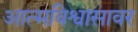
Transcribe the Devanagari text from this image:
आत्मविश्वासावर